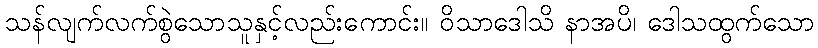
သန်လျက်လက်စွဲသောသူနှင့်လည်းကောင်း။ ဝိသာဒေါသိ နာအပိ၊ ဒေါသထွက်သော